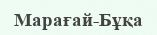
Марағай-Бұқа